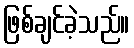
ဖြစ်ချင်ခဲ့သည်။